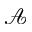
\mathcal { A }